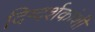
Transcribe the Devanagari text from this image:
दिग्दर्शकांशी